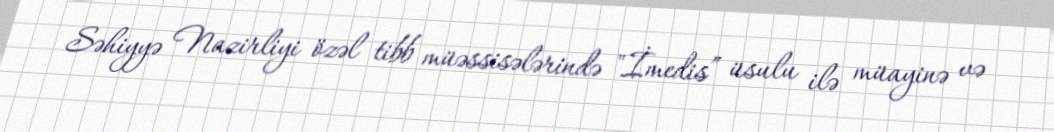
Səhiyyə Nazirliyi özəl tibb müəssisələrində "İmedis” üsulu ilə müayinə və